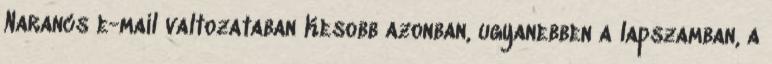
Narancs e-mail valtozataban Kesobb azonban, ugyanebben a lapszamban, a